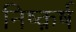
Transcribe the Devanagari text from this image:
निष्क़र्ष